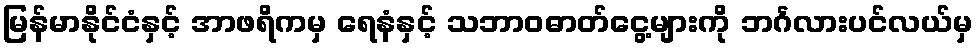
မြန်မာနိုင်ငံနှင့် အာဖရိကမှ ရေနံနှင့် သဘာဝဓာတ်ငွေ့များကို ဘင်္ဂလားပင်လယ်မှ